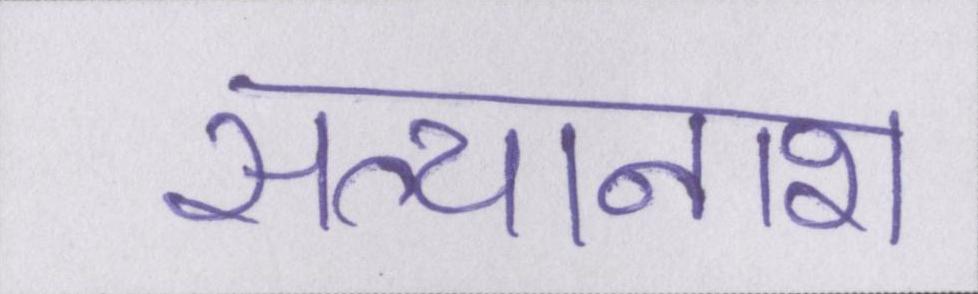
सत्यानाश